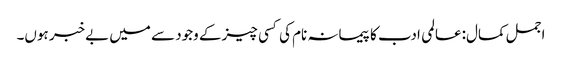
اجمل کمال:عالمی ادب کا پیمانہ نام کی کسی چیز کے وجود سے میں بےخبر ہوں۔